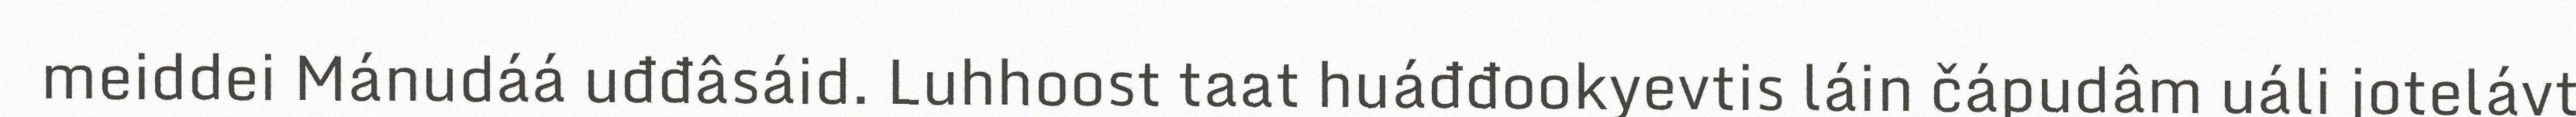
meiddei Mánudáá uđđâsáid. Luhhoost taat huáđđookyevtis láin čápudâm uáli jotelávt